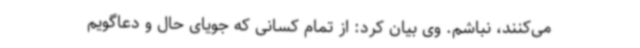
می‌کنند، نباشم. وی بیان کرد: از تمام کسانی که جویای حال و دعاگویم